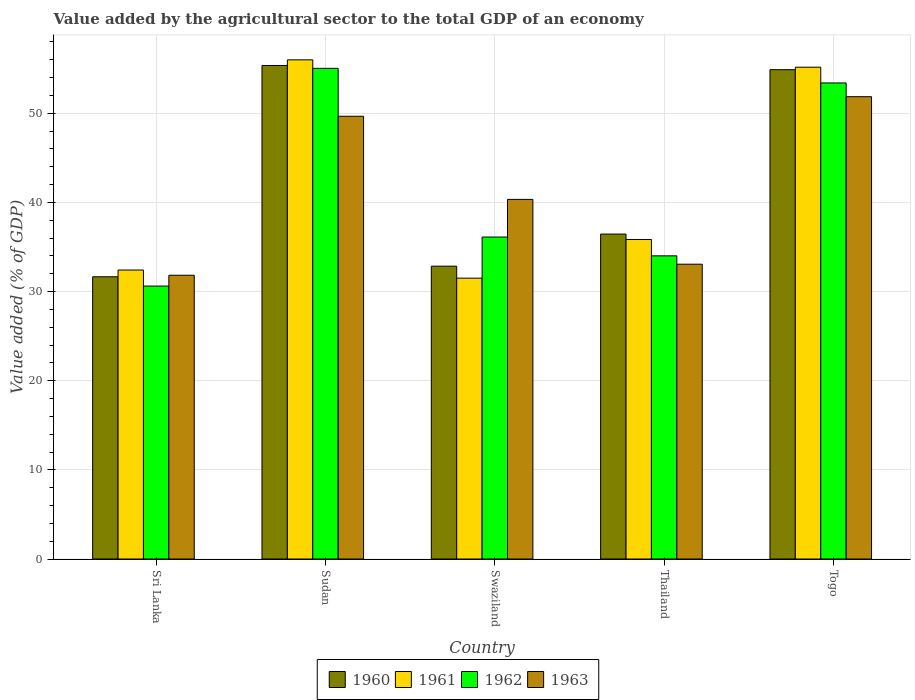
| Country | 1960 | 1961 | 1962 | 1963 |
 | --- | --- | --- | --- | --- |
 | Sri Lanka | 31.7 | 32.4 | 30.6 | 31.8 |
 | Sudan | 55.4 | 56 | 55 | 49.7 |
 | Swaziland | 32.8 | 31.5 | 36.1 | 40.3 |
 | Thailand | 36.4 | 35.8 | 34 | 33.1 |
 | Togo | 54.9 | 55.2 | 53.4 | 51.9 |